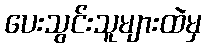
ပေးသွင်းသူများထဲမှ